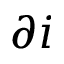
\partial i